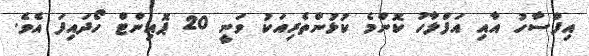
އިފްސާހު އާއި އަފްލާހު ކޮންމެ ކުޅުންތެރިއަކު ވަނީ 20 ޕޮއިންޓް ހޯދައިފަ އެވެ.